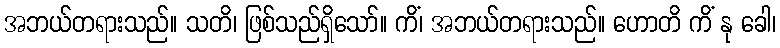
အဘယ်တရားသည်။ သတိ၊ ဖြစ်သည်ရှိသော်။ ကိံ၊ အဘယ်တရားသည်။ ဟောတိ ကိံ နု ခေါ၊